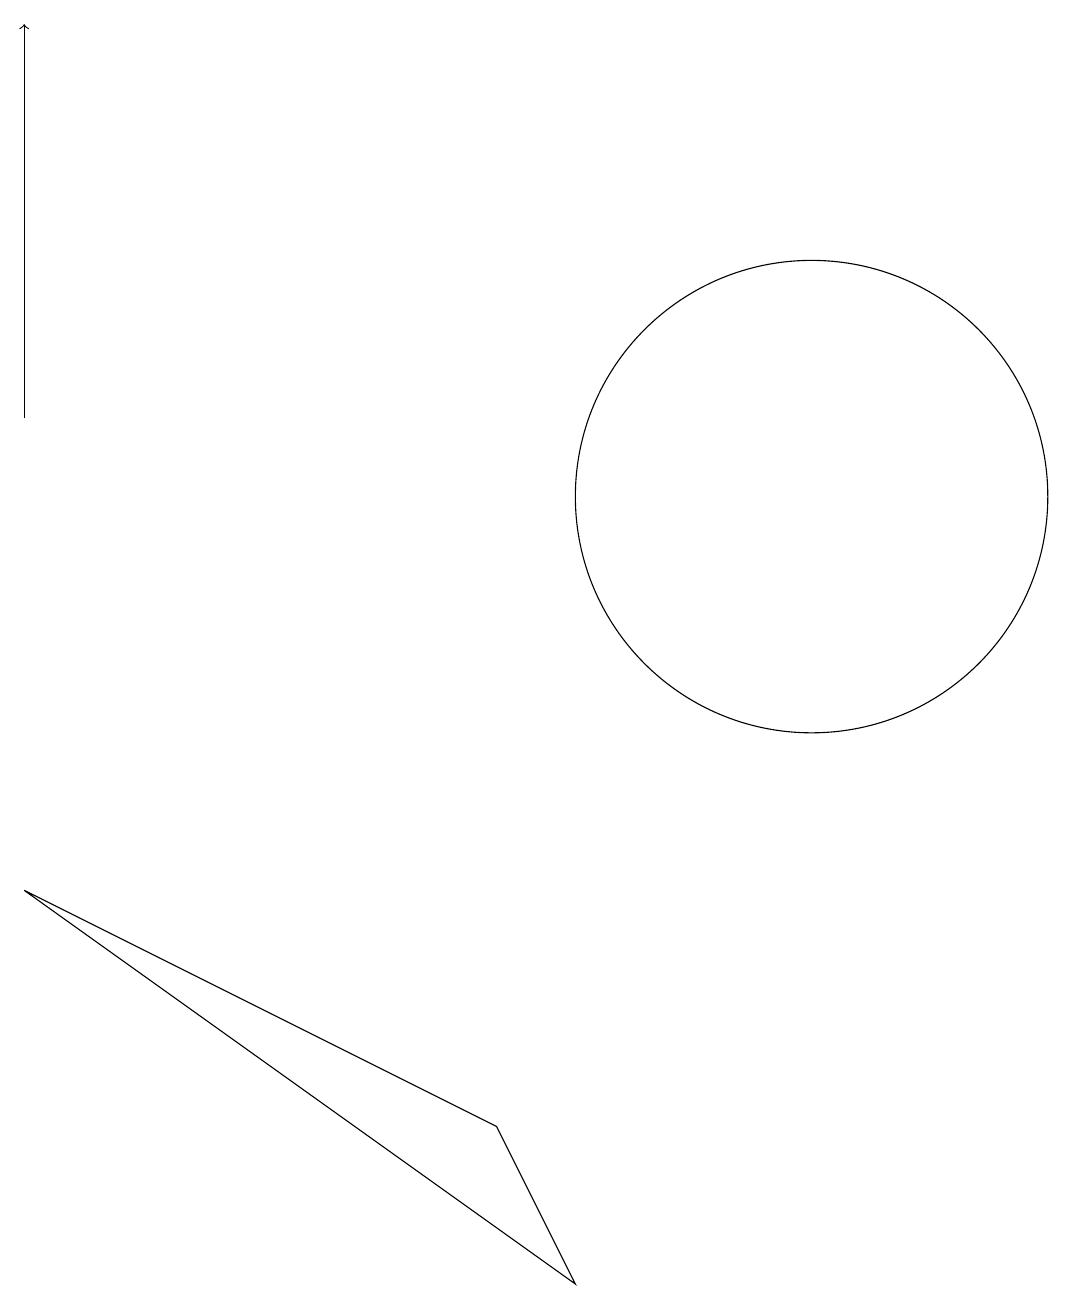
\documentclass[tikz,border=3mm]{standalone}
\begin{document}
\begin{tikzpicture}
\draw (0,7) -- (7,2) -- (6,4) -- cycle;
\draw[->] (0,13) -- (0,18);
\draw (10,12) circle (3);
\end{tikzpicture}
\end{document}